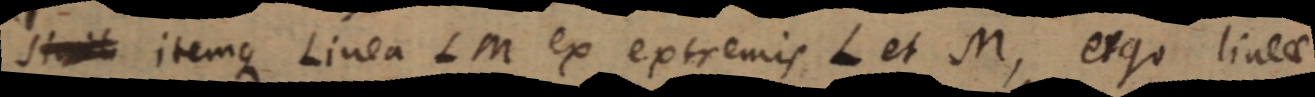
simili itemque Linea LM ex extremis L et M, ergo lineae